Vaccination United Provinces of Agra and Oudh 1923-1928 - 1923-1928
Year: 1923
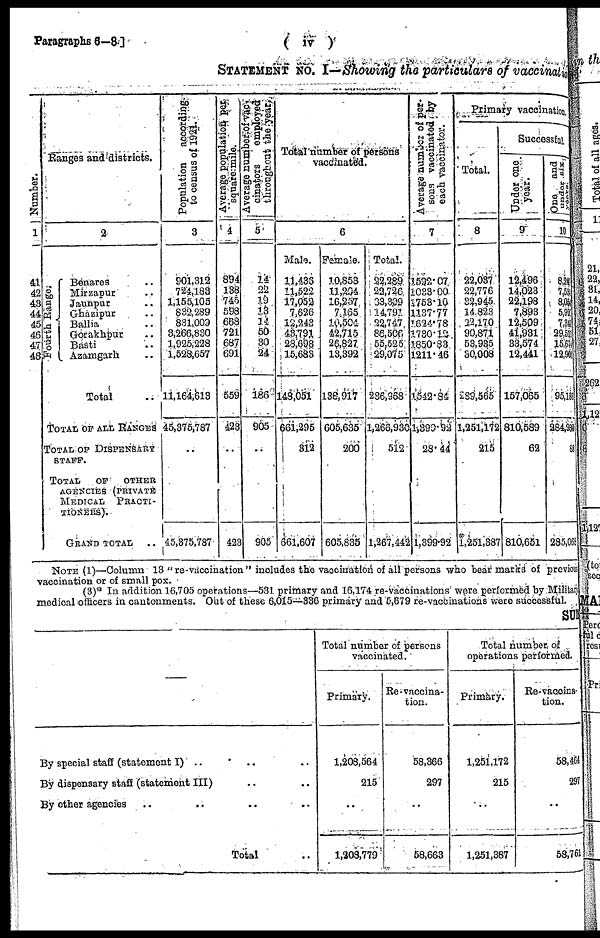
Paragraphs 6—8]
( iv )
STATEMENT No. I—Showing the particulars of vaccination
Number.
1
41
42
43
44
45
46
47
48
Ranges tad districts.
2
Fourth Range.
Benares ..
Mirzapur ..
Jaunpur ..
Ghazipur ..
Balla ..
Gorakhpur
Basti ..
Azamgarh ..
Total ..
TOTAL OF ALL RANGES
TOTAL OF DISPENSARY
STAFF.
TOTAL OF OTHER
AGENCIES (PRIVATE
MEDICAL PRACTI¬
TIONERS).
GRAND TOTAL ..
Population
according
to census of 1921.
3
901,312
724,183
1,155,105
822,289
831,009
3,266.830
1,925,228
1,528,657
11,164.613
45,375,787
45,375,787
Average population per
square mile
4
894
138
745
598
668
721
687
691
559
423
423
Average number of vac¬
cinators
employed
throughout the year.
5
14
22
19
13
14
50
30
24
186
905
905
Total number of persons
vaccinated.
6
Male
11,433
11,522
17,052
7,626
12,243
43,791
28,698
15,683
148,051
661,295
312
661,607
Female
10,853
11,204
16, 257
7,105
10,504
42,715
26,827
13,392
138,917
605,635
200
605,835
Total.
22,289
22,726
33,309
14,791
22,747
86,506
55,525
29,070
236,968
1,266,930
512
1,267,442
Average number of per
each vaccinator.
7
1592.07
1028.00
1753.10
1137.77
1624.78
1730.12
1850.83
1211.46
1542.84
1,399.92
28.44
1,399.92
Primary vaccination
Total.
8
22,037
22,776
32,945
14,823
22,170
90,871
53,935
30,008
289,565
1,251,172
215
*
1,251,387
Successful
Under one
year.
9
12,496
14,023
22,198
7,893
12,509
41,931
33.574
12,441
157,065
810,569
62
810,651
One
and
under six year.
10
8, 243
7, 534
8, 054
5,926
7,341
29,511
15,674
12,903
95,186
284,980
88
285,068
NOTE (1)— Column 13 " re-vaccination " includes the vaccination of all persons who bear marks of previous
vaccination or of small-pox.
(3)* In addition 16,705 operations—531 primary and 16,174 re-vaccinations were performed by Military
medical officere in cantonments. Out of these 6,015—336 primary and 5,679 re-vaccnations were successful.
SUM
By special staff (statement I) .. .. ..
By dispensary staff (statement III) .. ..
By other agencies .. .. .. ..
Total ..
Total number of persons
vaccinated.
Primary.
1,208,564
215
..
1,208,779
Re-vaccina¬
tion.
58,366
297
..
56,663
Total number of
operations performed
Primary.
1,251,172
215
..
1,251,387
Re-vaccina¬
tion.
58,464
297
..
58,761